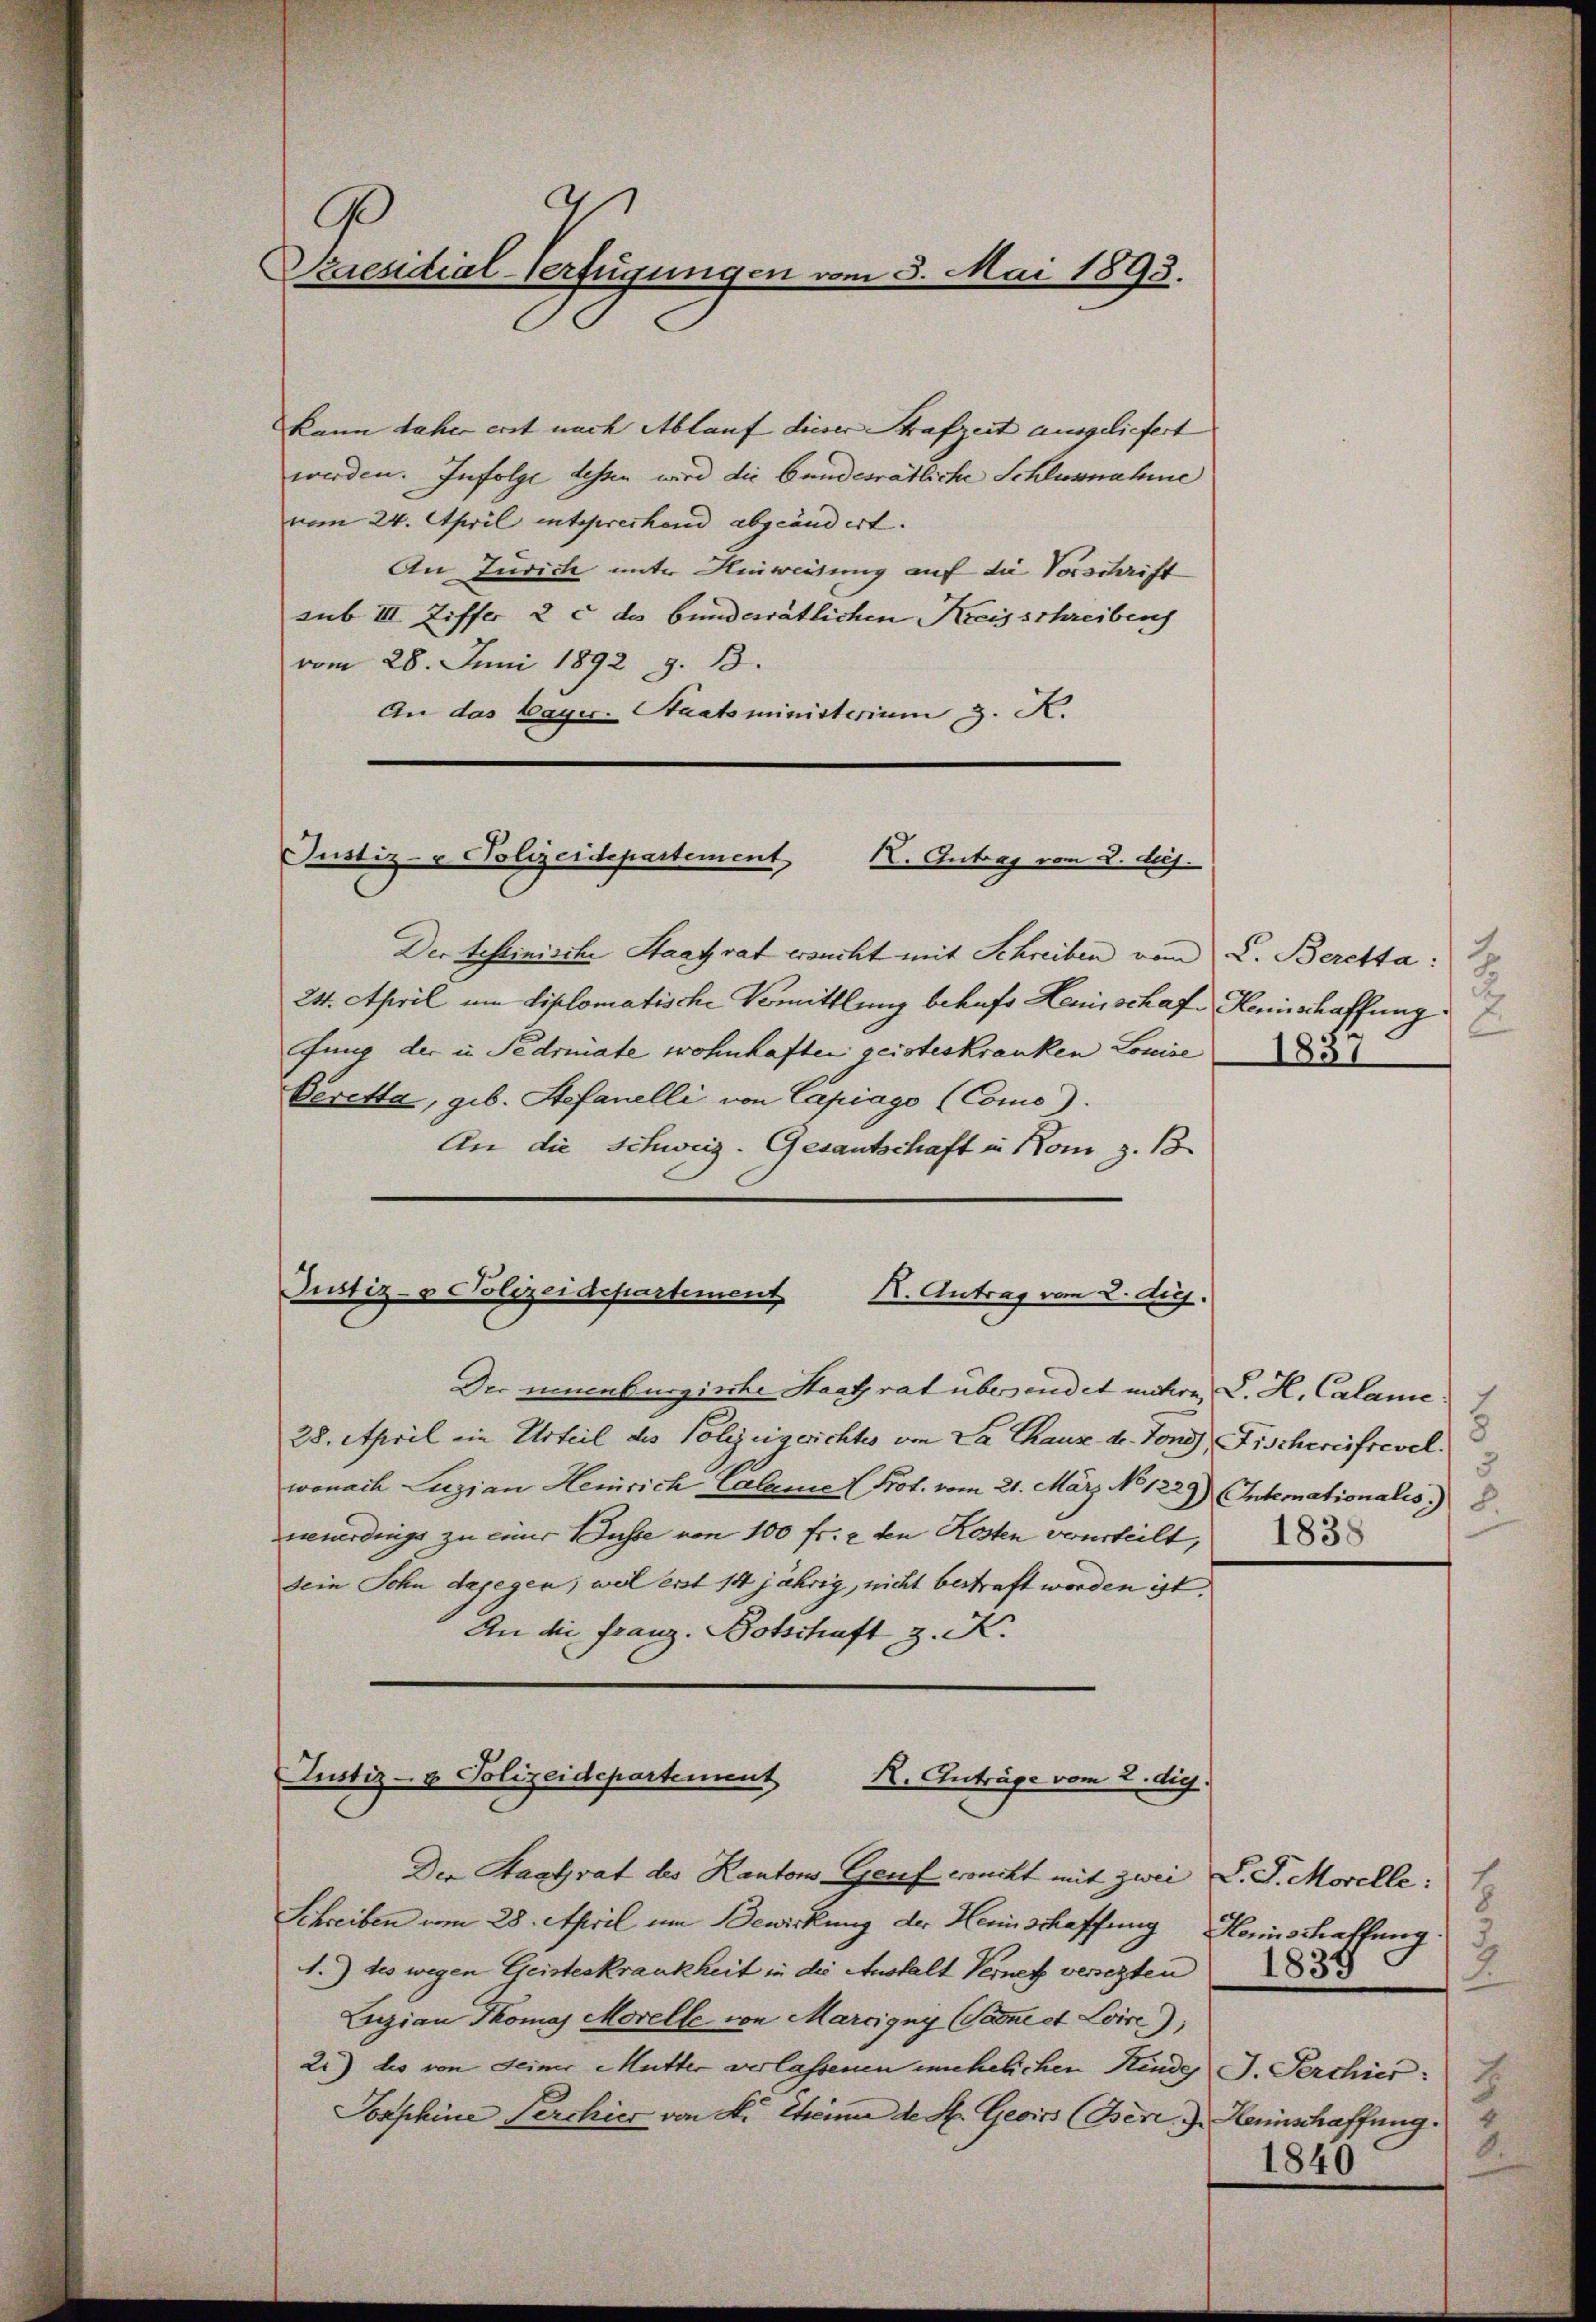
B
Praesidial-Verfügungen vom 5. Mai 1893.

kann daher erst nach Ablauf dieser Strafzeit ausgeliefert |
werden. Infolge dessen wird die bundesrätliche Schlusnahme
vom 24. April entsprechend abgeändert.
An Jurich unter Hinweisung auf die Vorschrift
sub III. Ziffer 2 c des bundesrätlichen Kreisschreibens
vom 28. Juni 1892 z. B.
An das Bayer. Staatsministerium 3. K.

Justiz- & Polizeidepartement,
X. Antrag von 2. huj.

Justiz- & Polizeidepartement
K. Antrag vom 2. Aug.

Justiz- & Polizeidepartement
R. Anträge vom 2. die

Der testinische Staat rat ersucht mit Schreiben vom C. Beretta:
24. April um Liplomatische Vormittlung behufs Hemischaf Hennschaffung
fung der in Fedoniate wohnhaften geisteskranken Louise
Peretta, geb. Stefanelli von Capiago (Como).
An die Schweiz. Gesantschaft in Kom z. 13

Der einenburgierte Staatsrat übersendet mehre, C. H. Calame
28. April ein Urteil des Polizeigerichtes von La Chaus der Tons, Fischereifrevel
wonach Luzian Henrich Calame (Prot. vom 21. März. No 1229) (Intemationalis) 8.
neuerdings zu einer Busse von 100 fr. 2 den Kosten verurteilt,
sein Sohn dagegen; weil erst 14 jährig, nicht bestraft worden ist.
An die Franz. Botschaft z. K.

Der Stadtrat des Kantons Genf wronckt mit zwei D. J. Morelle:
Schreiben um 28. April um Bewirkung der Heimschaffung Heinschaffung.
1.) des wegen Geisteskrankheit in die Anstalt Verner versezten
Luzian Thomas Morelle von Marcigny (Sane et Loise);
2i) des von Seiner Mutter verlassenen unehelichen Kindes J. Perchier:
Jorphine Perchier von A. Theime de St. Geoirs (Bek. J. Heinschaffung.

J

7
3
1838

h
8
3
1839
2
d
.
1840